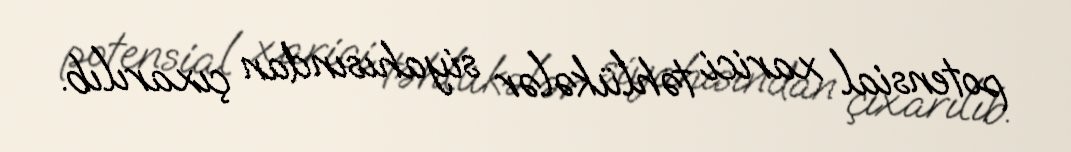
potensial xarici təhlükələr siyahısından çıxarılıb.